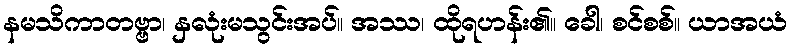
နမသိကာတဗ္ဗာ၊ နှလုံးမသွင်းအပ်။ အဿ၊ ထိုရဟန်း၏။ ခေါ၊ စင်စစ်။ ယာအယံ